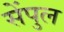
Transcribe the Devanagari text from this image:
सेंपुल